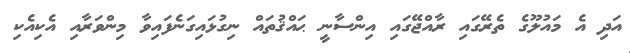
އަދި އެ މައުލޫގެ ތެރޭގައި ރާއްޖޭގައި އިންސާނީ ޙައްޤުތައް ނިގުޅައިގަނެފައިވާ މިންވަރާއި އެކިއެކި